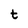
Character: t